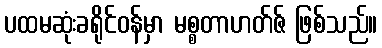
ပထမဆုံးခရိုင်ဝန်မှာ မစ္စတာဟတ်ဇ် ဖြစ်သည်။